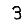
Digit: 3